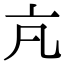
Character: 𪜠